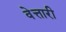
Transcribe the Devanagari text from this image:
वेत्तारी